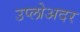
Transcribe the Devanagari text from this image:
उप्लोअदर